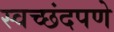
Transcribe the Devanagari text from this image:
स्वच्छंदपणे